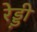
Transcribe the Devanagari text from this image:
रेड्ड़ी